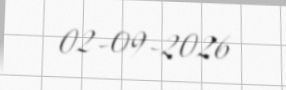
02-09-2026